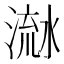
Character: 𣹭